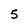
Character: 5